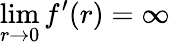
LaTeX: \operatorname*{lim}_{r\to 0}f^{\prime}(r)=\infty